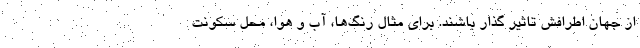
از جهان اطرافش تاثیر گذار باشند. برای مثال رنگ‌ها، آب و هوا، محل سکونت